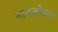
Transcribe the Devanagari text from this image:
नामकोका